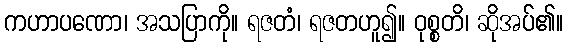
ကဟာပဏော၊ အသပြာကို။ ရဇတံ၊ ရဇတဟူ၍။ ဝုစ္စတိ၊ ဆိုအပ်၏။